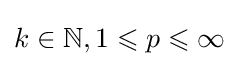
k\in \mathbb {N} ,1\leqslant p\leqslant \infty